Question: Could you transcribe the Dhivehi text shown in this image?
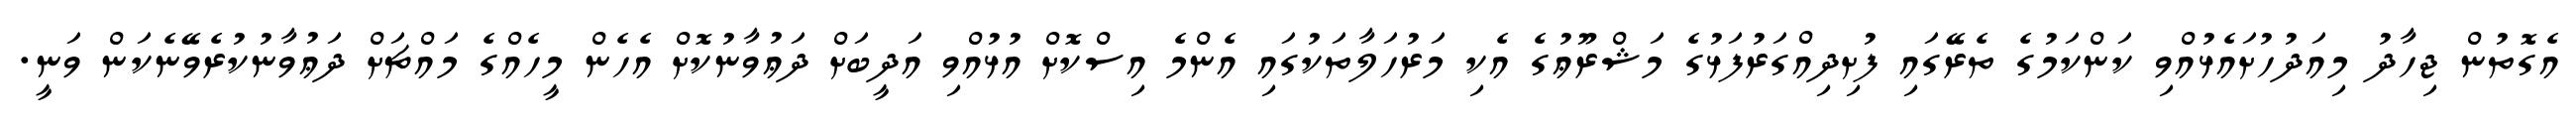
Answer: އެގޮތުން ޖިހާދު މިއަދުހުށައެޅުއްވި ކަންކަމުގެ ތެރޭގައި ފުށިދިއްގަރުފަޅުގެ މަޝްރޫޢުގެ އެކި މަރުހަލާތަކުގައި އެންމެ އިސްކޮށް އުޅުއްވި އަދީބަށް ދަޢުވާނުކޮށް އެހެން މީހެއްގެ މައްޗަށް ދަޢުވާނުކުރެވޭނެކަން ވަނީ.